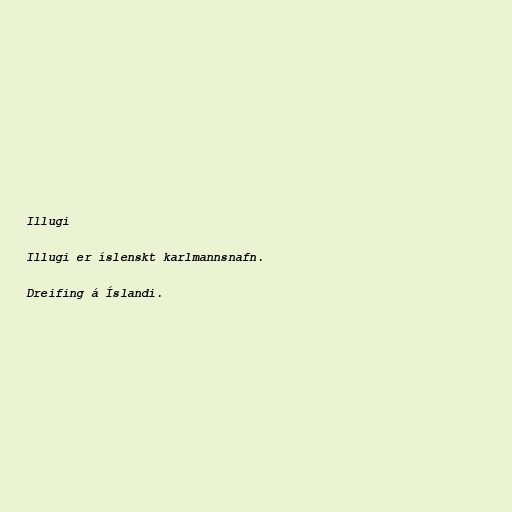
Illugi

Illugi er íslenskt karlmannsnafn.

Dreifing á Íslandi.